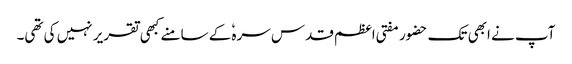
آپ نے ابھی تک حضور مفتی اعظم قدس سرہٗ کے سامنے کبھی تقریر نہیں کی تھی۔